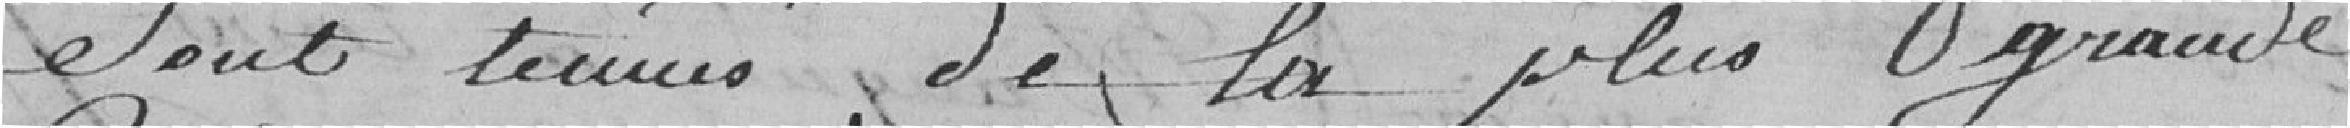
sont tenus de la plus grande